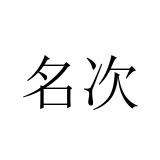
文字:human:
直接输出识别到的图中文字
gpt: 名次